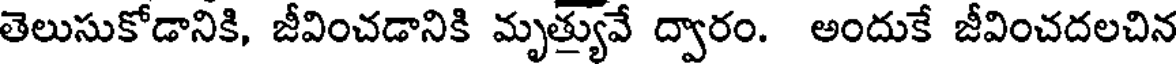
తెలుసుకోడానికి, జీవించడానికి మృత్యువే ద్వారం. అందుకే జీవించదలచిన